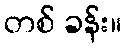
တစ် ခန်း။